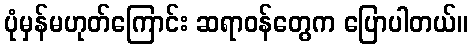
ပုံမှန်မဟုတ်ကြောင်း ဆရာဝန်တွေက ပြောပါတယ်။